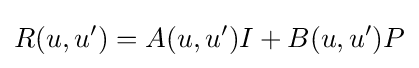
R(u,u')=A(u,u')I+B(u,u')P